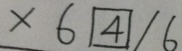
\times 6 \boxed { 4 } / 6